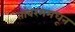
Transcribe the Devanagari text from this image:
तांबरममधून